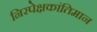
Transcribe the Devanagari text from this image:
निरपेक्षकांतिमान